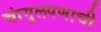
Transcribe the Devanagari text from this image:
चांगुलपणाची